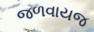
જળવાયજ